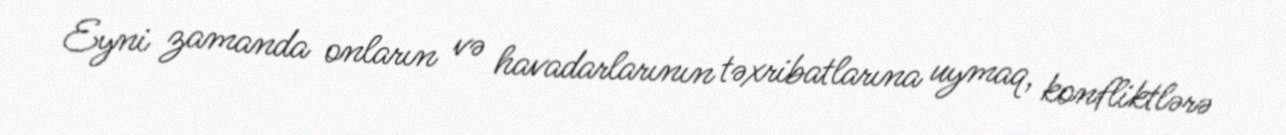
Eyni zamanda onların və havadarlarının təxribatlarına uymaq, konfliktlərə